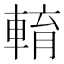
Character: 𨌯